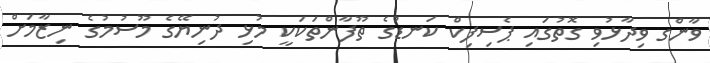
ވާންގ ވިދާޅުވި ގޮތުގައި ޕެސިފިކް ކަނޑުގެ ތޫފާންތަކަކީ މުޅި ދުނިޔޭގެ މޫސުމުގެ ނިޒާމަށް